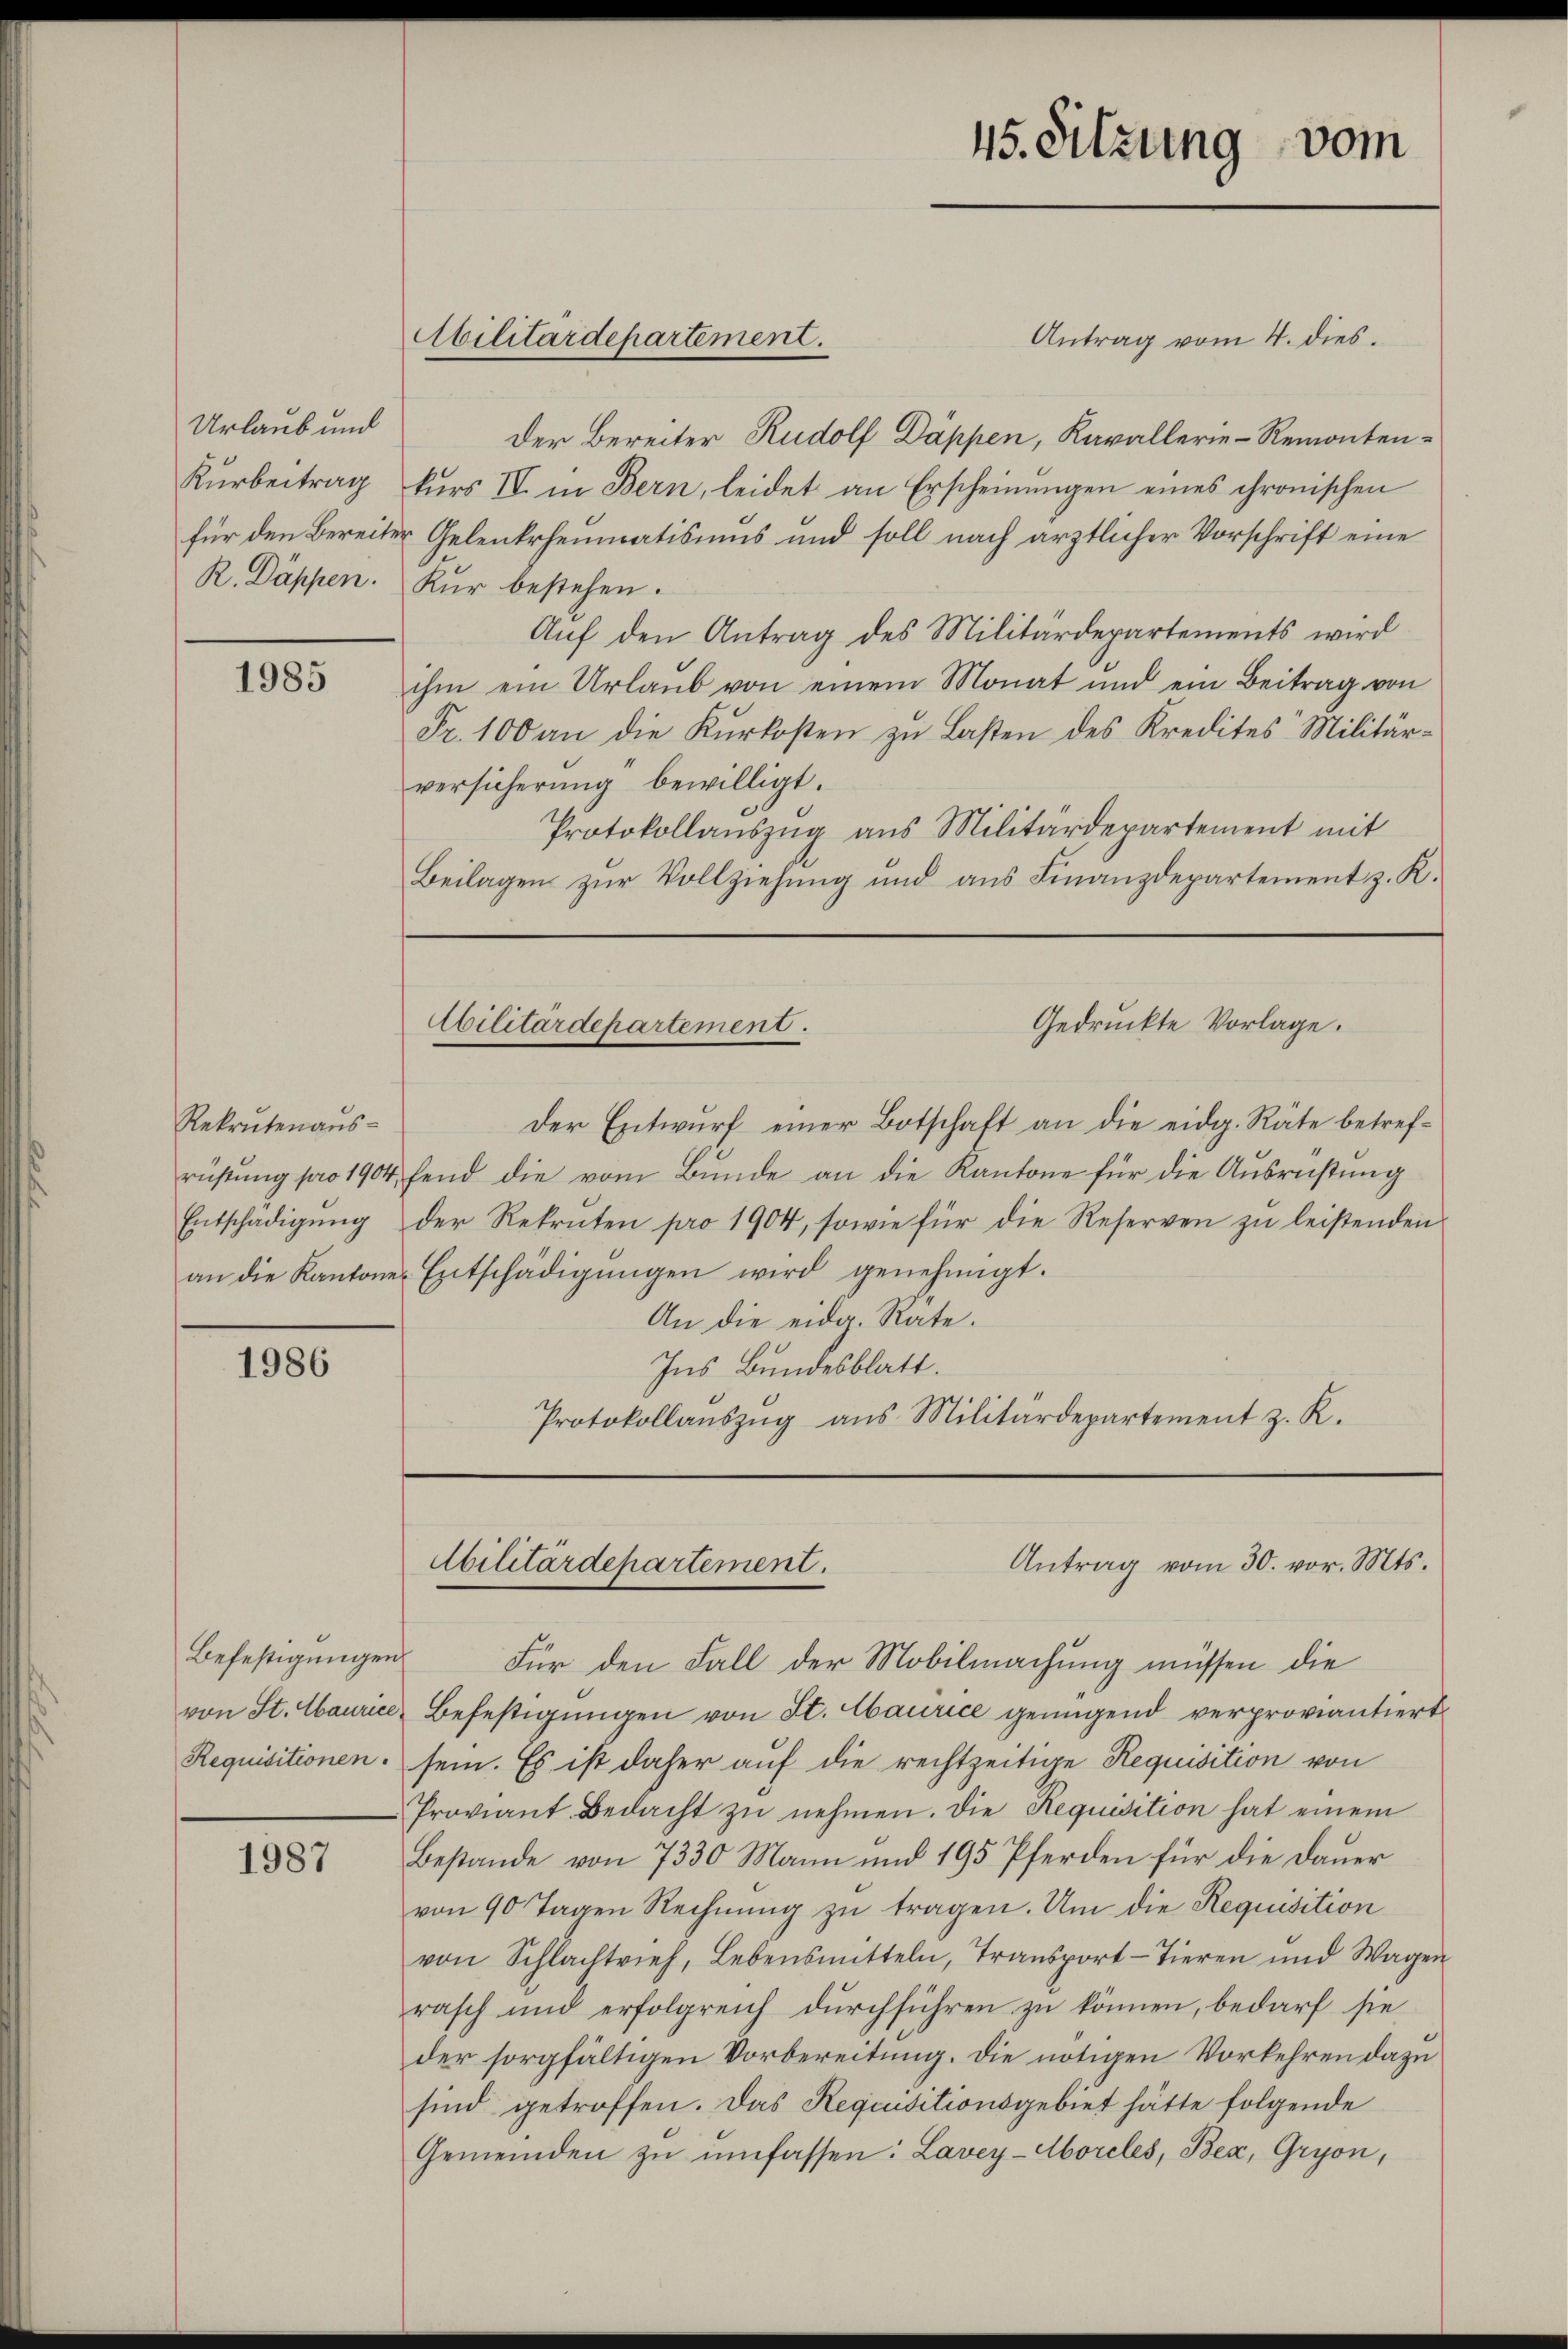
Urlaub und
Kurbeitrag
R. Dappen.

1985

Rekrutenaus¬

1986

Befestigungen
Requisitionen.

1987

Antrag vom 4. dies.
Der Bereiter Rudolf Dappen, Kavallerie-Remontenkurs IV. in Bern, leidet an Erscheinungen eines chronischen
für den Bereiter Gelenkrheimatismus und soll nach ärztlicher Vorschrift eine
Kur bestehen.
Aŭf den Antrag des Militärdepartements wird
ihm ein Urlaŭb von einem Monat und ein Beitrag von
Fr. 100 an die Kurkosten zu Lasten des Kredites Militär-
versicherung bewilligt.
Protokollauszug aus Militärdepartement mit
Beilagen zur Vollziehung und aus Finanzdepartement z. K.

Abilitärdepartement.

45. Sitzung vom

Gedruckte Vorlage.
Abilitärdepartement.

Der Entwurf einer Botschaft an die eidg. Räte betrefrüβŭng pro 1904, fend die vom Bunde an die Kantone für die Ausrüstung
Entschädigŭng der Rekruten pro 1904, sowie für die Reserven zŭ leistenden
an die Kantone Entschädigŭngen wird genehmigt.
An die eidg. Räte.
Ins Bundesblatt.
Protokollaŭszŭg ans Militärdepartement z. K.

Für den Fall der Mobilmachung müssen die
von St. Maurice Befestigungen von St. Laurice genügend verproviantiert
sein. Es ist daher auf die rechtzeitige Requisition von
Proviant Bedacht zŭ nehmen. Die Requisition hat einem
Bestände von 7330 Mann und 195 Pferden für die Dauer
von 90 Tagen Rechnŭng zu tragen. Um die Requisition
von Schlachtrief, Lebensmitteln, Transport-Tieren und Wagen
rasch und erfolgreich durchführen zu können, bedarf sie
der sorgfältigen Vorbereitung. Die nötigen Vorkehren dazu
sind getroffen. Das Requisitionsgebiet hätte folgende
Gemeinden zŭ umfassen: Lavey-Moreles, Bex, Gryon,

Antrag vom 30. vor. Mts.
Militärdepartement.